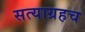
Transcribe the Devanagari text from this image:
सत्याग्रहच